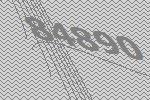
84890